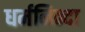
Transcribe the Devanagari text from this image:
धर्मनिन्दा